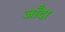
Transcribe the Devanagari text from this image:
जाँदा